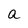
Character: a